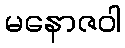
မနောဇဝါ